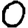
Digit: 0